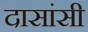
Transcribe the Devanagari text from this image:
दासांसी